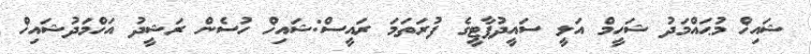
ޝައިޚް މުޙައްމަދު ޝަހީމް އަލީ ސައީދުޕާޓީގެ ފުރަތަމަ ރައީސް:ޝައިޚް ހުސެން ރަޝީދު އަހްމަދުޝައިޚް